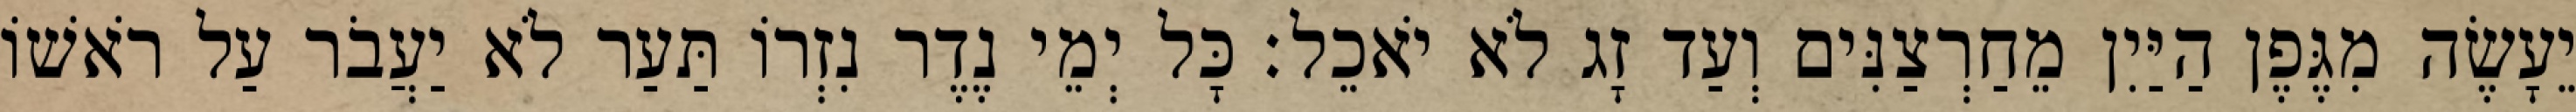
יֵעָשֶׂה מִגֶּפֶן הַיַּיִן מֵחַרְצַנִּים וְעַד זָג לֹא יֹאכֵל׃ כָּל יְמֵי נֶדֶר נִזְרוֹ תַּעַר לֹא יַעֲבֹר עַל רֹאשׁוֹ